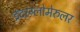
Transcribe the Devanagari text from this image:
इंटरग्लोमेरुलर